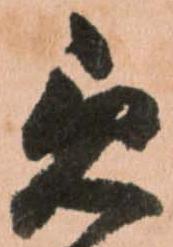
急